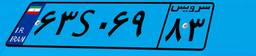
۰۹S۸۰۰۰۵